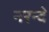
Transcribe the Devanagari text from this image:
नरन्दे